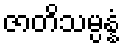
ဇာတိသမ္ပန္နံ